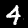
Label: 4